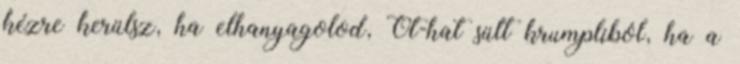
kézre kerülsz, ha elhanyagolod, Öt-hat sült krumpliból, ha a